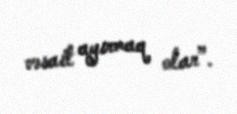
vəsait ayırmaq olar”.